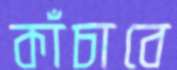
কাঁচাবে